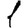
Digit: 1